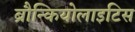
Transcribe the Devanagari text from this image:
ब्रौन्कियोलाइटिस